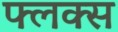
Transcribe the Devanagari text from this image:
फ्लक्‍स